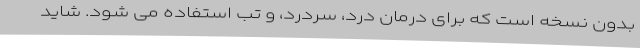
بدون نسخه است که برای درمان درد، سردرد، و تب استفاده می شود. شاید